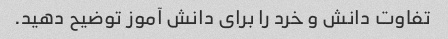
تفاوت دانش و خرد را برای دانش آموز توضیح دهید.